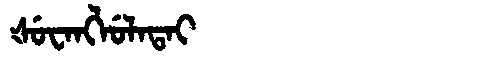
Manchu: ᡧᡠᠸᠠᠩᠯᡠᠯᠠᡨᠠᡳ
Romanization: ŠUWANGLULATAI